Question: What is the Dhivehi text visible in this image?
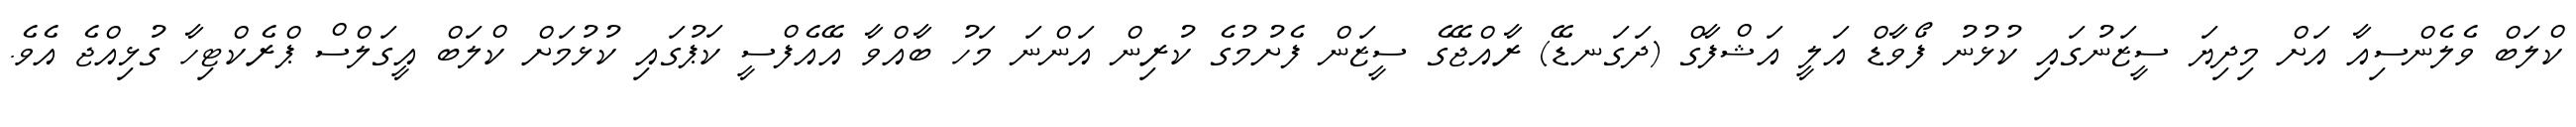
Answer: ކްލަބް ވެލެންސިއާ އަށް މިދިޔަ ސީޒަނުގައި ކުޅުނު ފޯވާޑް އަލީ އަޝްފާގް (ދަގަނޑޭ) ރާއްޖޭގެ ސީޒަން ފެށުމުގެ ކުރިން އަންނަ މަހު ބާއްވާ އޭއެފްސީ ކަޕުގައި ކުޅުމަށް ކްލަބް އީގަލްސް ޕްރެކްޓިހާ ގުޅިއްޖެ އެވެ.